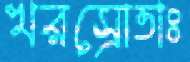
খরস্রোতাঃ